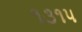
૧૩૧૫